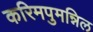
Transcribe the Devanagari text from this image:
करिमपुमन्निल